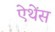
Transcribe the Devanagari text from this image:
ऐथेंस